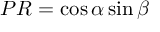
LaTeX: P R = \cos \alpha \sin \beta